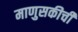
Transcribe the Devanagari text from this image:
माणुसकीची